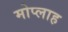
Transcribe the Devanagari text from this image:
मोप्लाह